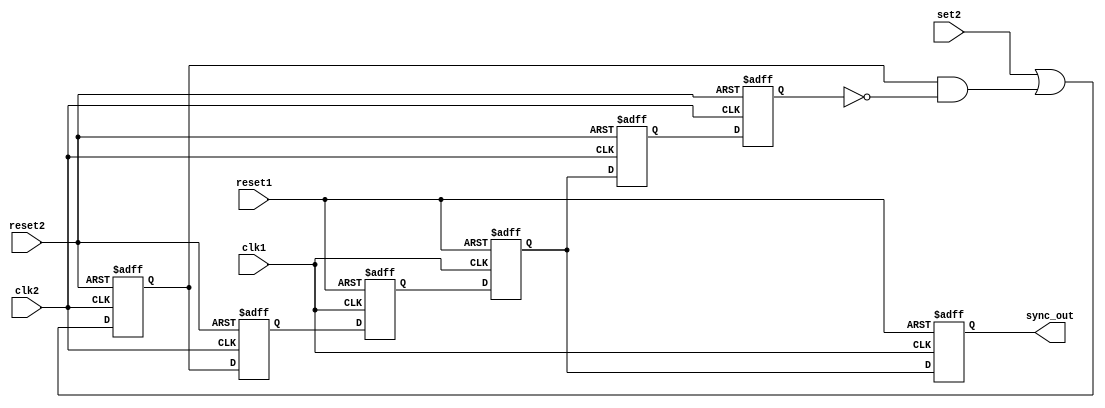
module dbg_sync_clk1_clk2 (clk1, clk2, reset1, reset2, set2, sync_out);
parameter   Tp = 1;
input   clk1;
input   clk2;
input   reset1;
input   reset2;
input   set2;
output  sync_out;
reg     set2_q;
reg     set2_q2;
reg     set1_q;
reg     set1_q2;
reg     clear2_q;
reg     clear2_q2;
reg     sync_out;
wire    z;
assign z = set2 | set2_q & ~clear2_q2;
always @ (posedge clk2 or posedge reset2)
begin
  if(reset2)
    set2_q <=#Tp 1'b0;
  else
    set2_q <=#Tp z;
end
always @ (posedge clk2 or posedge reset2)
begin
  if(reset2)
    set2_q2 <=#Tp 1'b0;
  else
    set2_q2 <=#Tp set2_q;
end
always @ (posedge clk1 or posedge reset1)
begin
  if(reset1)
    set1_q <=#Tp 1'b0;
  else
    set1_q <=#Tp set2_q2;
end
always @ (posedge clk1 or posedge reset1)
begin
  if(reset1)
    set1_q2 <=#Tp 1'b0;
  else
    set1_q2 <=#Tp set1_q;
end
always @ (posedge clk2 or posedge reset2)
begin
  if(reset2)
    clear2_q <=#Tp 1'b0;
  else
    clear2_q <=#Tp set1_q2;
end
always @ (posedge clk2 or posedge reset2)
begin
  if(reset2)
    clear2_q2 <=#Tp 1'b0;
  else
    clear2_q2 <=#Tp clear2_q;
end
always @ (posedge clk1 or posedge reset1)
begin
  if(reset1)
    sync_out <=#Tp 1'b0;
  else
    sync_out <=#Tp set1_q2;
end
endmodule